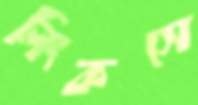
লিংকসে